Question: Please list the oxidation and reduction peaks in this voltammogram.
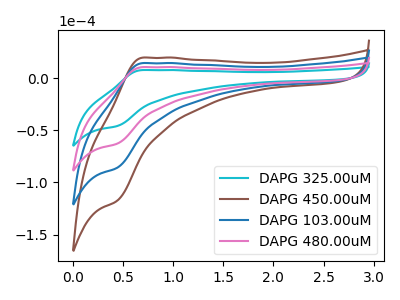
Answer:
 <answer>The cyan curve "DAPG 325.00uM" has an anodic peak at (0.70V, 7.65uA) and a cathodic peak at (0.45V, -46.15uA). The brown curve "DAPG 450.00uM" has an anodic peak at (0.70V, 31.40uA) and a cathodic peak at (0.45V, -189.20uA). The blue curve "DAPG 103.00uM" has an anodic peak at (0.70V, 20.90uA) and a cathodic peak at (0.45V, -126.15uA). The pink curve "DAPG 480.00uM" has an anodic peak at (0.70V, 10.45uA) and a cathodic peak at (0.45V, -63.05uA).</answer>
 <eval></eval>